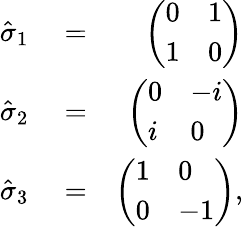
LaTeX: \begin{array}{rlr}{\hat{\sigma}_{1}}&{{}=}&{\left(\begin{array}{ll}{0}&{1}\\ {1}&{0}\end{array}\right)}\\ {\hat{\sigma}_{2}}&{{}=}&{\left(\begin{array}{ll}{0}&{-i}\\ {i}&{0}\end{array}\right)}\\ {\hat{\sigma}_{3}}&{{}=}&{\left(\begin{array}{ll}{1}&{0}\\ {0}&{-1}\end{array}\right),}\end{array}